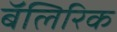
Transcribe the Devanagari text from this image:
बॅलिरिक